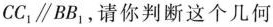
CC_{1}//BB_{1}，请你判断这个几何